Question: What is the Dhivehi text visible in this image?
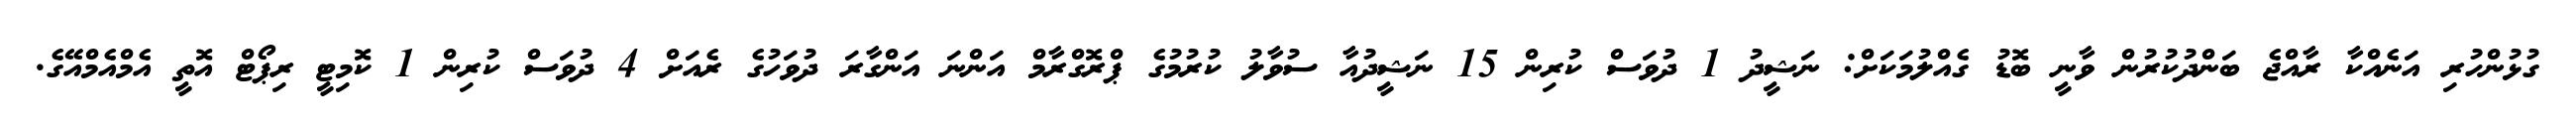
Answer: ގުޅުންހުރި އަނެއްކާ ރާއްޖެ ބަންދުކުރުން ވާނީ ބޮޑު ގެއްލުމަކަށް: ނަޝީދު 1 ދުވަސް ކުރިން 15 ނަޝީދުއާ ސުވާލު ކުރުމުގެ ޕްރޮގްރާމް އަންނަ އަންގާރަ ދުވަހުގެ ރެއަށް 4 ދުވަސް ކުރިން 1 ކޮމިޓީ ރިޕޯޓް އޮތީ އެމްއެމްއޭގެ.